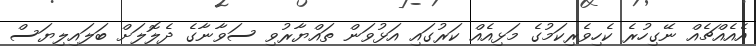
އެއެއްޗެއް ނޭގިހުރެ ކެހިވެރިކަމުގެ މަޅިއެއް ކަރުގައި އަޅުވަން ތައްޔާރުވި ސަވާނާގެ ދެލޮލަށް ބަލައިލިޔަސް